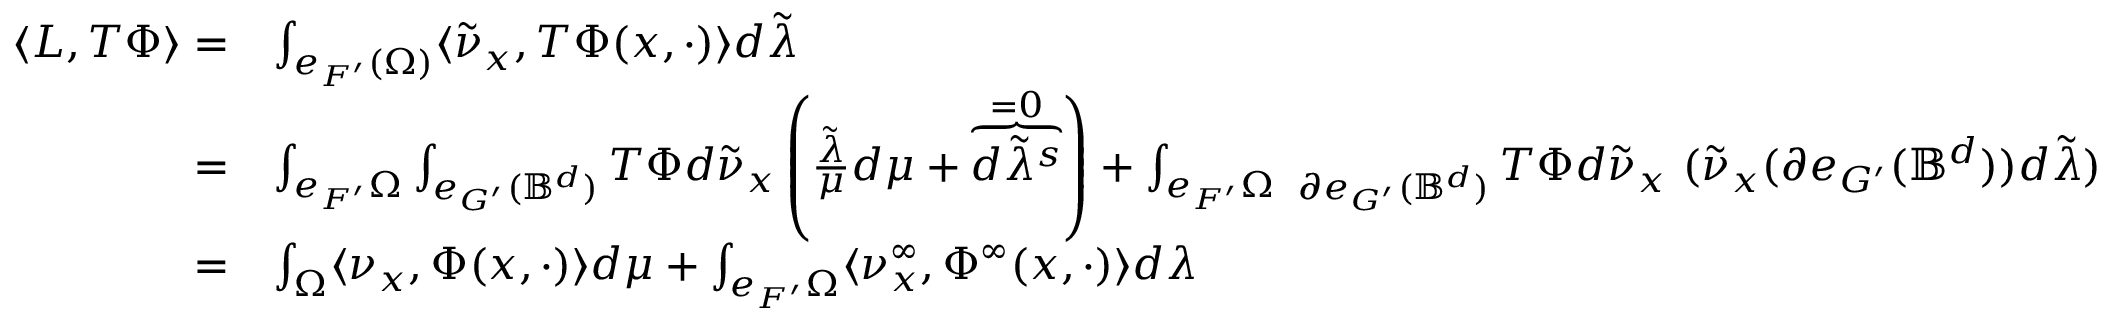
\begin{array} { r l } { \langle L , T \Phi \rangle = } & { \int _ { e _ { F ^ { \prime } } ( \Omega ) } \langle \tilde { \nu } _ { x } , T \Phi ( x , \cdot ) \rangle d \tilde { \lambda } } \\ { = } & { \int _ { e _ { F ^ { \prime } } \Omega } \int _ { e _ { G ^ { \prime } } ( \mathbb { B } ^ { d } ) } T \Phi d \tilde { \nu } _ { x } \left( \frac { \tilde { \lambda } } { \mu } d \mu + \overbrace { d \tilde { \lambda } ^ { s } } ^ { = 0 } \right) + \int _ { e _ { F ^ { \prime } } \Omega } \fint _ { \partial e _ { G ^ { \prime } } ( \mathbb { B } ^ { d } ) } T \Phi d \tilde { \nu } _ { x } \ ( \tilde { \nu } _ { x } ( \partial e _ { G ^ { \prime } } ( \mathbb { B } ^ { d } ) ) d \tilde { \lambda } ) } \\ { = } & { \int _ { \Omega } \langle \nu _ { x } , \Phi ( x , \cdot ) \rangle d \mu + \int _ { e _ { F ^ { \prime } } \Omega } \langle \nu _ { x } ^ { \infty } , \Phi ^ { \infty } ( x , \cdot ) \rangle d \lambda } \end{array}